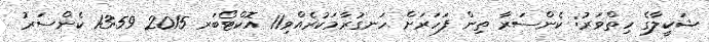
ޝަކީލާގެ ހިތްވަރު: ކެންސަރާ ތިން ފަހަރަށް ހަނގުރާމަކުރެއްވި11 އޮކްޓޯބަރ 2015 13:59 ކެންސަރު